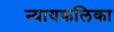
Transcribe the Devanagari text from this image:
न्यायकलिका